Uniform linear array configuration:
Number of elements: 48
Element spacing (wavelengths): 0.25
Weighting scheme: cosine
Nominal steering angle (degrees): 60
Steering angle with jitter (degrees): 60.421
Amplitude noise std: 0.05
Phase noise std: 0.05

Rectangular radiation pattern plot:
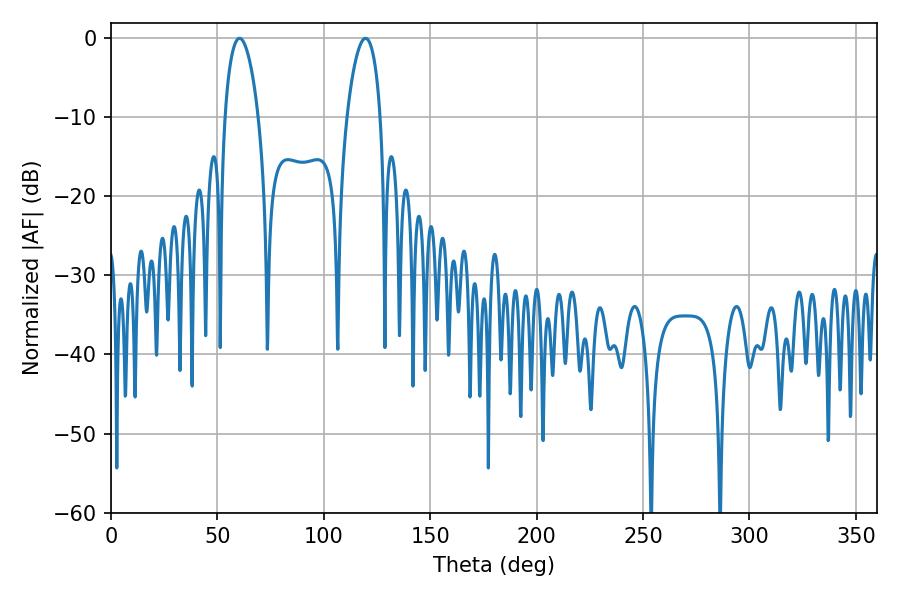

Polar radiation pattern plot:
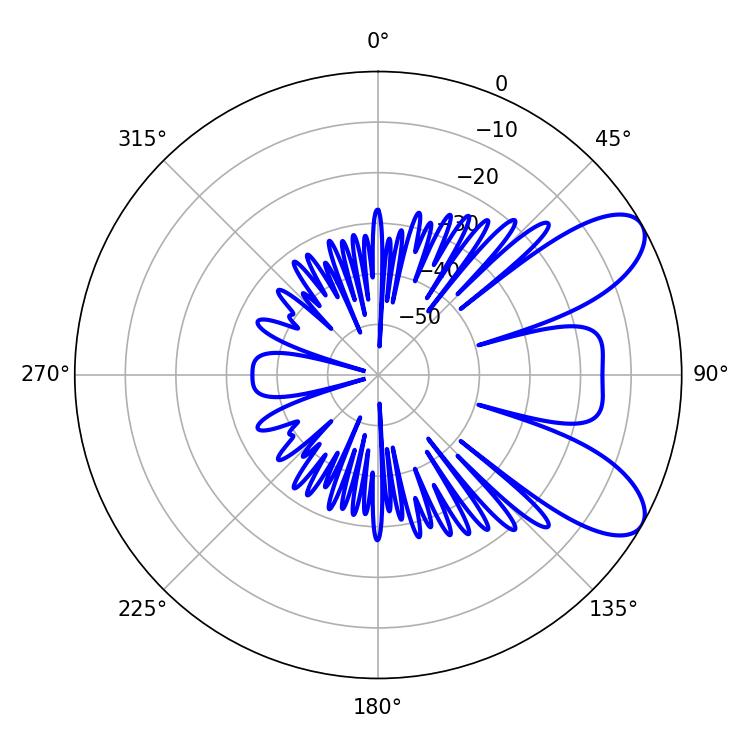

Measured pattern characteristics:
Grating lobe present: FALSE
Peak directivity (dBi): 8.218
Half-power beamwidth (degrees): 8.82
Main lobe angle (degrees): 60.48